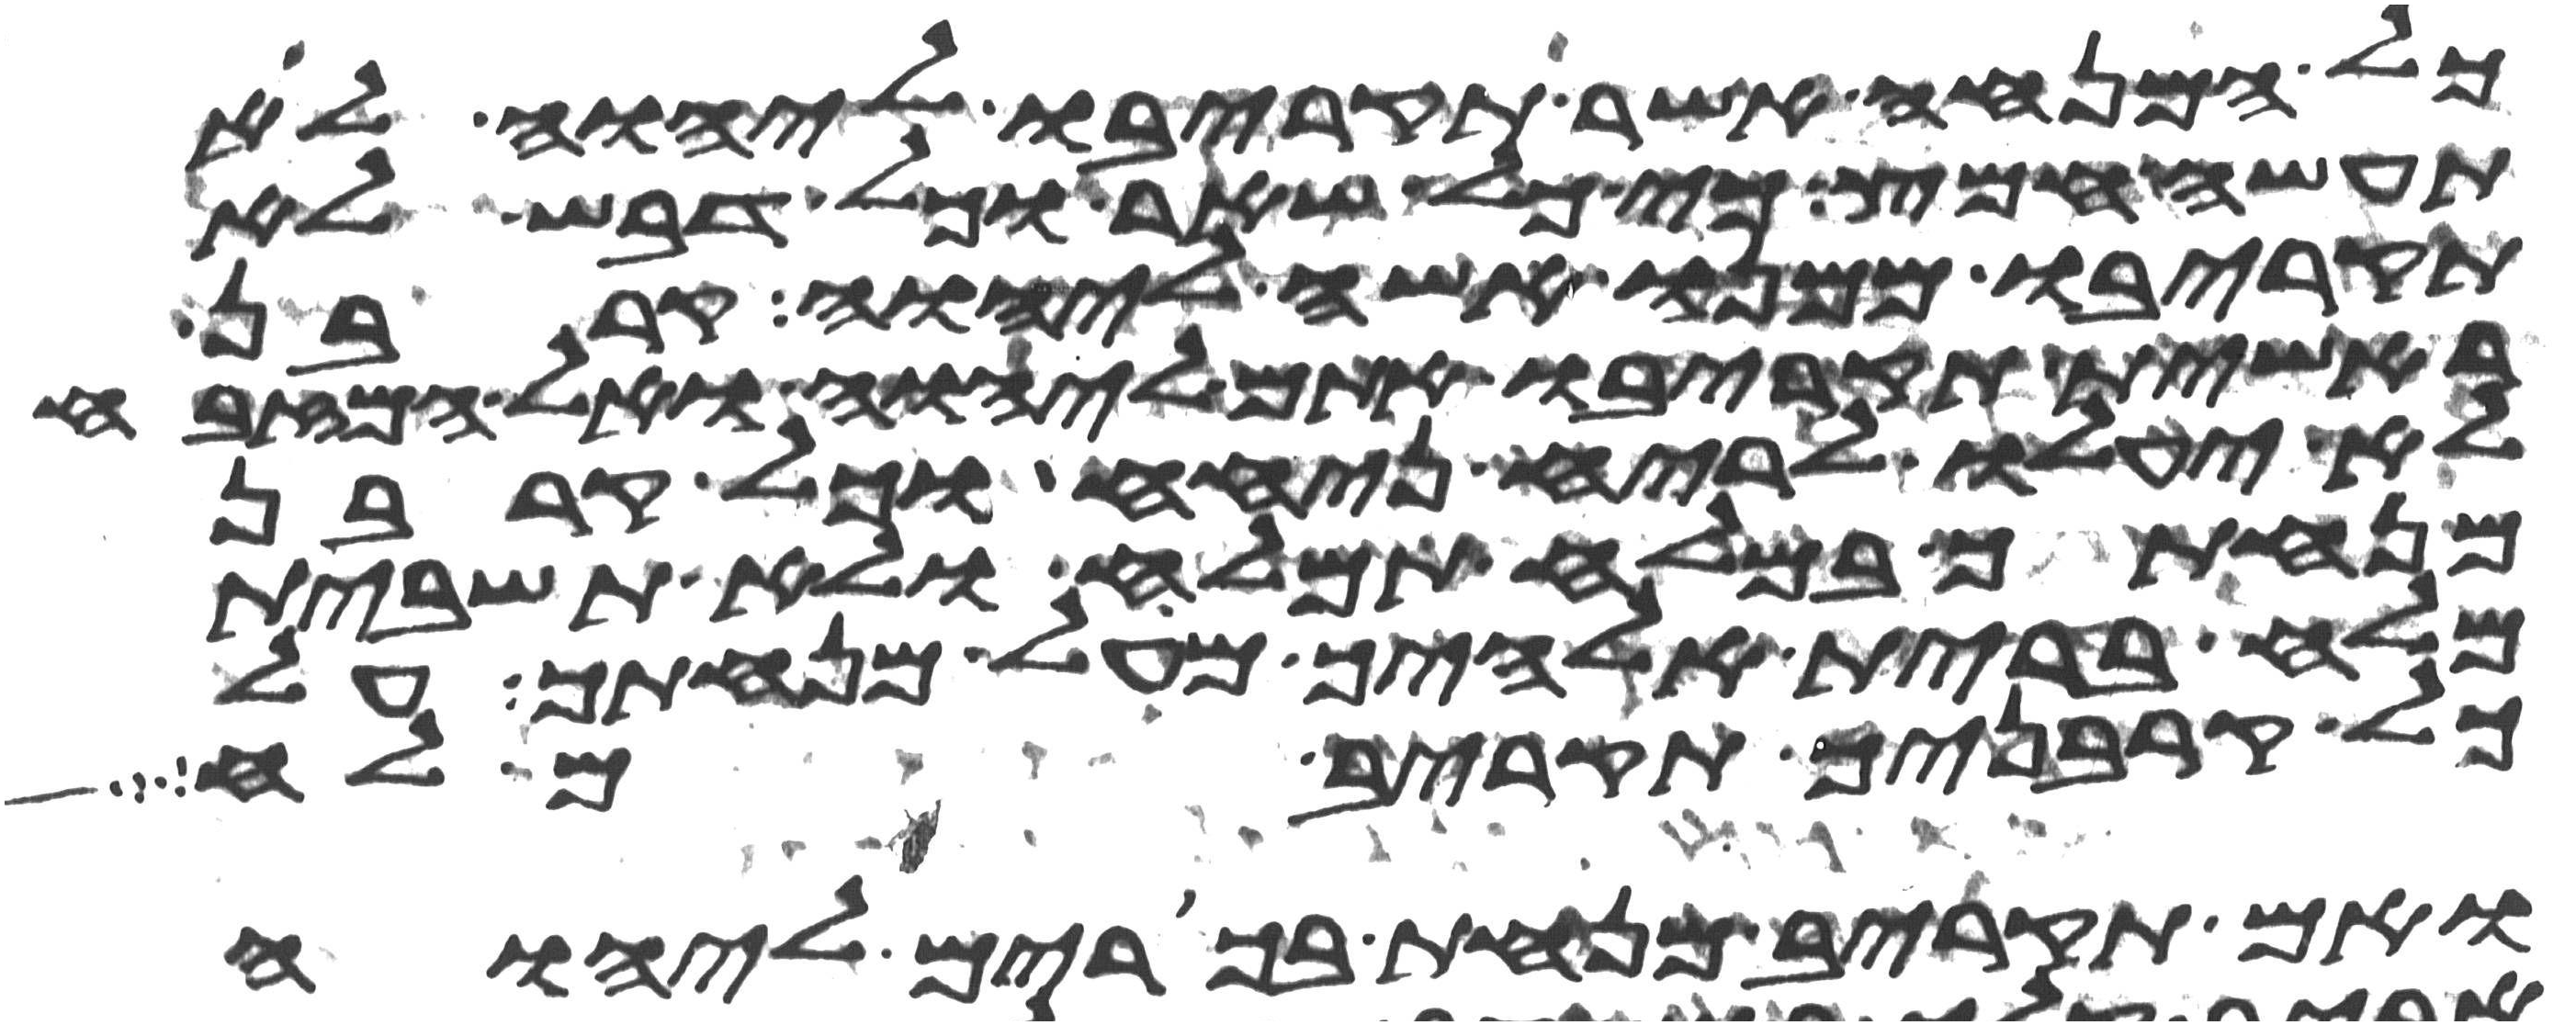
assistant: כל המנחה אשר תקריבו ליהוה לא
תעשה חמץ כי כל שאר וכל דבש לא
תקריבו ממנו אשה ליהוה קרבן
ראשית תקריבו אתם ליהוה ואל המזבח
לא יעלו לריח ניחח וכל קרבן
מנחתך במלח תמלח ולא תשבית
מלח ברית אלהיך מעל מנחתך על
כל קרבניך תקריב מלח
ואם תקריב מנחת בכורים ליהוה